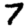
Digit: 7